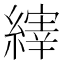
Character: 𫄀